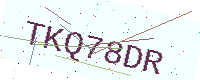
Text: TKQ78DR